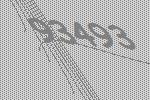
93493